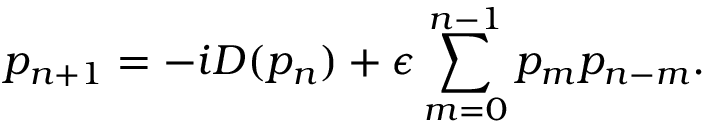
p _ { n + 1 } = - i D ( p _ { n } ) + \epsilon \sum _ { m = 0 } ^ { n - 1 } p _ { m } p _ { n - m } .